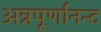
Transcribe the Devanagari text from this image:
अन्नपूर्णानन्द